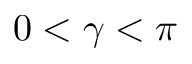
0 < \gamma < \pi